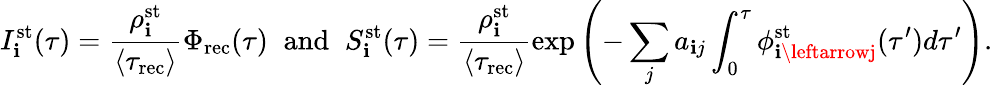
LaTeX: I_{\mathbf{i}}^{\mathrm{{st}}}(\tau)=\frac{{\rho_{\mathbf{i}}^{\mathrm{{st}}}}}{{\langle\tau_{\mathrm{{rec}}}\rangle}}\Phi_{\mathrm{{\mathrm{{rec}}}}}(\tau)\; \; \mathrm{{and}}\; \; S_{\mathbf{i}}^{\mathrm{{st}}}(\tau)=\frac{{\rho_{\mathbf{i}}^{\mathrm{{st}}}}}{{\langle\tau_{\mathrm{{rec}}}\rangle}}\exp{\left(-\sum_{j}a_{\mathbf{i}j}\int_{0}^{\tau}\phi_{\mathbf{i}\leftarrowj}^{\mathrm{{st}}}(\tau^{\prime})d\tau^{\prime}\right)}.